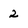
Character: 2